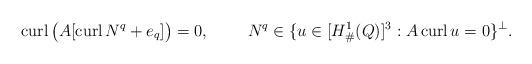
LaTeX: \begin{align*}{\rm curl} \,{ \big(A[ {\rm curl}\,N^q + e_q]\big)} = 0,\ \ \ \ \ \ \ N^q\in \{ u \in [H^1_{\#}(Q)]^3 : A\,{\rm curl}\,u =0 \}^\perp.\end{align*}